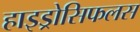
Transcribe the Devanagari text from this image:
हाइड्रोसिफलस